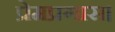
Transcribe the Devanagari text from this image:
प्रेमप्रगास।